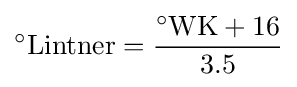
{}^{\circ }{\mbox{Lintner}}={\frac {{}^{\circ }{\mbox{WK}}+16}{3.5}}